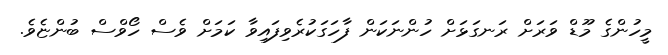
މީހުންގެ މޫޑް ވަރަށް ރަނގަޅަށް ހުންނަކަން ފާހަގަކުރެވިފައިވާ ކަމަށް ވެސް ހޯވްސް ބުންޏެވެ.